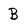
Character: B